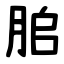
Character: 䏨